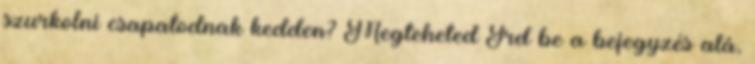
szurkolni csapatodnak kedden? Megteheted Írd be a bejegyzés alá,